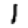
Digit: 1